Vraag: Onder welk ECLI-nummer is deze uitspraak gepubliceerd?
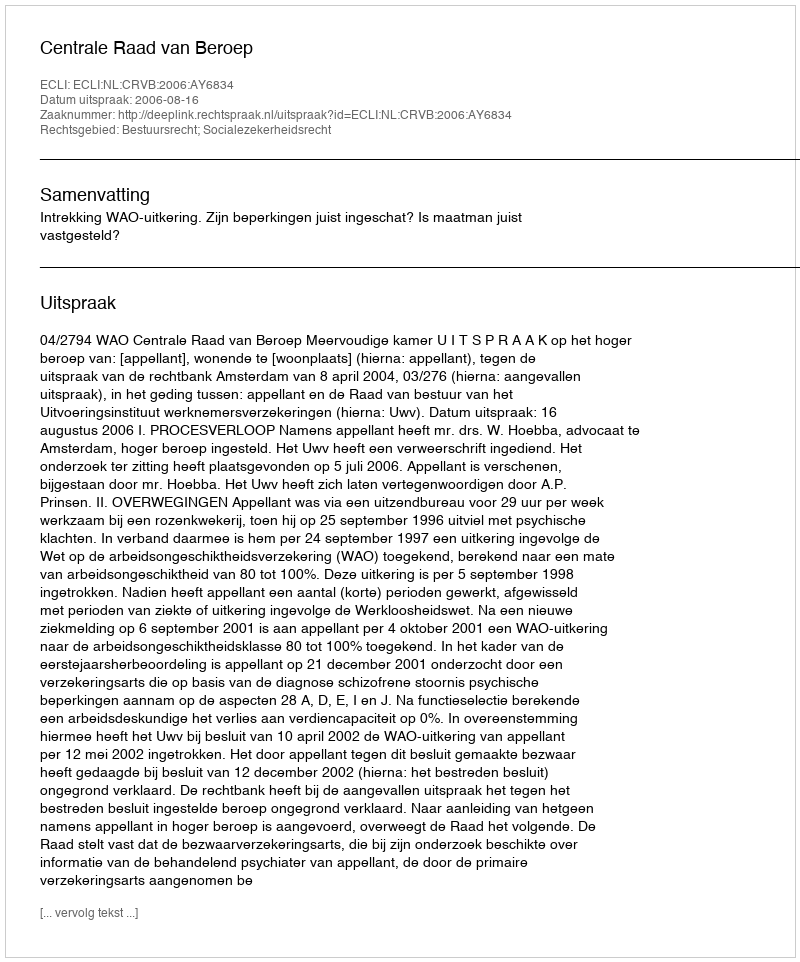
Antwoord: ECLI:NL:CRVB:2006:AY6834